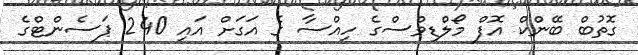
ގޮތުބް ބޭންކް އޮފް މޯލްޑިވްސްގެ ހިއްސާ ގެ އަގަށް އައި 240 ޕަސެންޓްގެ